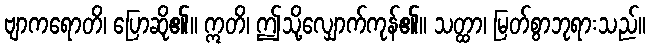
ဗျာကရောတိ၊ ပြောဆို၏။ ဣတိ၊ ဤသို့လျှောက်ကုန်၏။ သတ္ထာ၊ မြတ်စွာဘုရားသည်။